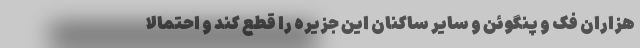
هزاران فُک و پنگوئن و سایر ساکنان این جزیره را قطع کند و احتمالاً